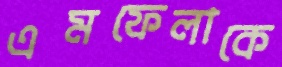
এমফেলাকে